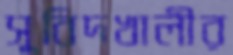
সুবিদখালীর